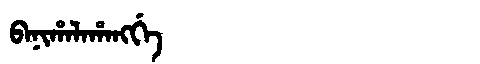
Manchu: ᠪᠠᠨᡳᡥᠠᠯᠠᡥᠠᠩᡤᡝ
Romanization: BANIHALAHANGGE